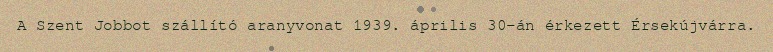
A Szent Jobbot szállító aranyvonat 1939. április 30-án érkezett Érsekújvárra.